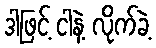
ဒါဖြင့် ငါနဲ့ လိုက်ခဲ့